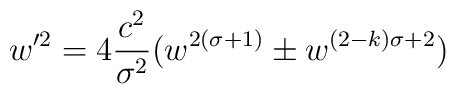
w'^2 = 4 {{c^2} \over {\sigma^2}} (w^{2 (\sigma+1)} \pm w^{(2 - k) \sigma + 2})